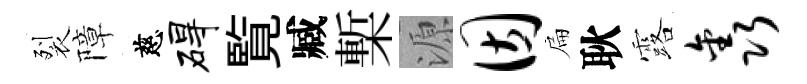
裂障慈碍覧臧槧源因扁耿露鑫